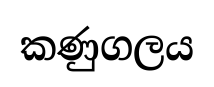
කණුගලය